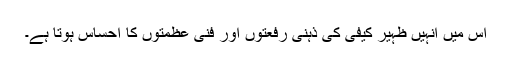
اس میں انہیں ظہیر کیفیؔ کی ذہنی رفعتوں اور فنی عظمتوں کا احساس ہوتا ہے۔